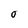
Character: O